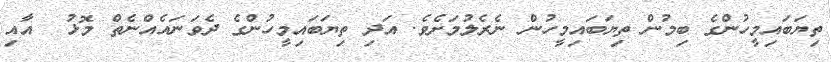
ތިޔަބައިމީހުންގެ ބިމުން ތިޔަބައިމީހުން ނެެރެލުމަށެވެ. އަދި ތިޔަބައިމީހުންގެ ދެވަނައެއްނެތް މޮޅު  އާއި